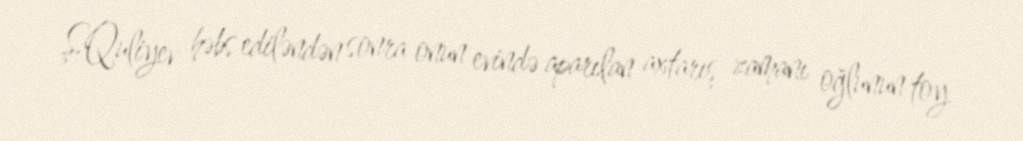
Ş.Quliyev həbs ediləndən sonra onun evində aparılan axtarış zamanı oğlunun toy